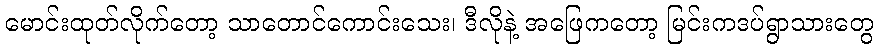
မောင်းထုတ်လိုက်တော့ သာတောင်ကောင်းသေး၊ ဒီလိုနဲ့ အဖြေကတော့ မြင်းကဒပ်ရွာသားတွေ